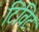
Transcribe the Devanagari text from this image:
टिविट